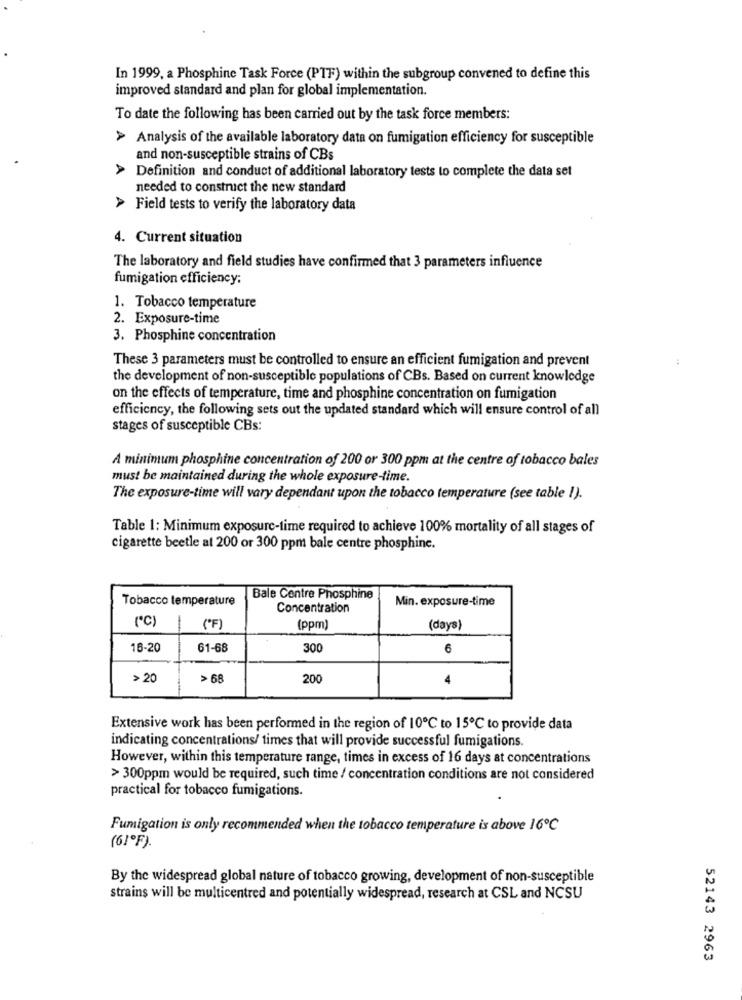
In 1999, a Phosphine Task Force (PTF) within the subgroup convened to define this
improved standard and plan for global implementation.
To date the following has been carried out by the task force members:
> Analysis of the available laboratory data on fumigation efficiency for susceptible
and non-susceptible strains of CBs
> Definition and conduct of additional laboratory tests to complete the data set
needed to construct the new standard
> Field tests to verify the laboratory data
4. Current situation
The laboratory and field studies have confirmed that 3 parameters influence
fumigation efficiency:
1. Tobacco temperature
2. Exposure-time
3. Phosphine concentration
These 3 parameters must be controlled to ensure an efficient fumigation and prevent
the development of non-susceptible populations of CBs. Based on current knowledge
on the effects of temperature, time and phosphine concentration on fumigation
efficiency, the following sets out the updated standard which will ensure control of all
stages of susceptible CBs:
A minimum phosphine concentration of 200 or 300 ppm at the centre of tobacco bales
must be maintained during the whole exposure-time.
The exposure-time will vary dependant upon the tobacco temperature (see table !).
Table 1: Minimum exposure-time required to achieve 100% mortality of all stages of
cigarette beetle at 200 or 300 ppm bale centre phosphinc.
Tobacco temperature
Bale Centre Phosphine
Min. exposure-time
Concentration
(*℃)
(*F )
(ppm)
(days)
16-20
61-68
300
6
> 20
> 68
20
4
Extensive work has been performed in the region of 10℃ to 15℃ to provide data
indicating concentrations/ times that will provide successful fumigations.
However, within this temperature range, times in excess of 16 days at concentrations
> 300ppm would be required, such time / concentration conditions are not considered
practical for tobacco fumigations.
Fumigation is only recommended when the tobacco temperature is above 16℃
(61ºF).
By the widespread global nature of tobacco growing, development of non-susceptible
strains will be multicentred and potentially widespread, research at CSL and NCSU
52143 2963